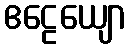
ဧဠေယျော